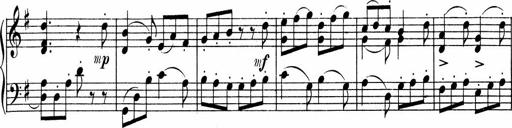
Title: 3 Sonatinen fÃ¼r Pianoforte
Composer: Fritz von Bose